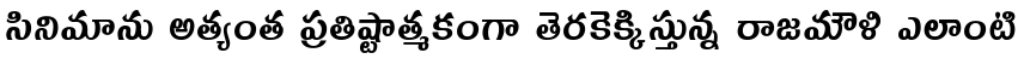
సినిమాను అత్యంత ప్రతిష్టాత్మకంగా తెరకెక్కిస్తున్న రాజమౌళి ఎలాంటి